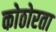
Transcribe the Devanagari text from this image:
कोठोरता